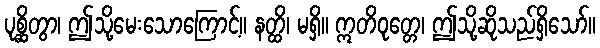
ပုစ္ဆိတွာ၊ ဤသို့မေးသောကြောင့်။ နတ္ထိ၊ မရှိ။ ဣတိဝုတ္တေ၊ ဤသို့ဆိုသည်ရှိသော်။